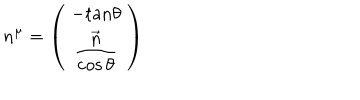
n ^ { \mu } = \left( \begin{array} { c } { { \begin{array} { c } { { - \mathrm { t a n } \theta } } \\ { { \displaystyle \frac { \vec { n } } { \cos \theta } } } \\ \end{array} } } \\ \end{array} \right)